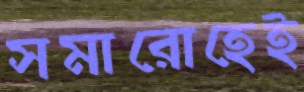
সমারোহেই